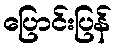
ပြောင်းပြန်